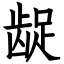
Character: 龊